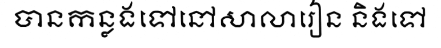
បានកន្លងទៅនៅសាលារៀន និងទៅ